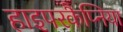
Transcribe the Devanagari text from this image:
हाइपरकैप्निया